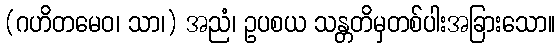
(ဂဟိတမေဝ၊ သာ၊) အညံ၊ ဥပစယ သန္တတိမှတစ်ပါးအခြားသော။